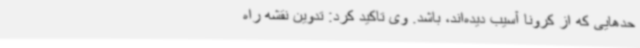
حدهایی که از کرونا آسیب دیده‌اند، باشد. وی تاکید کرد: تدوین نقشه راه